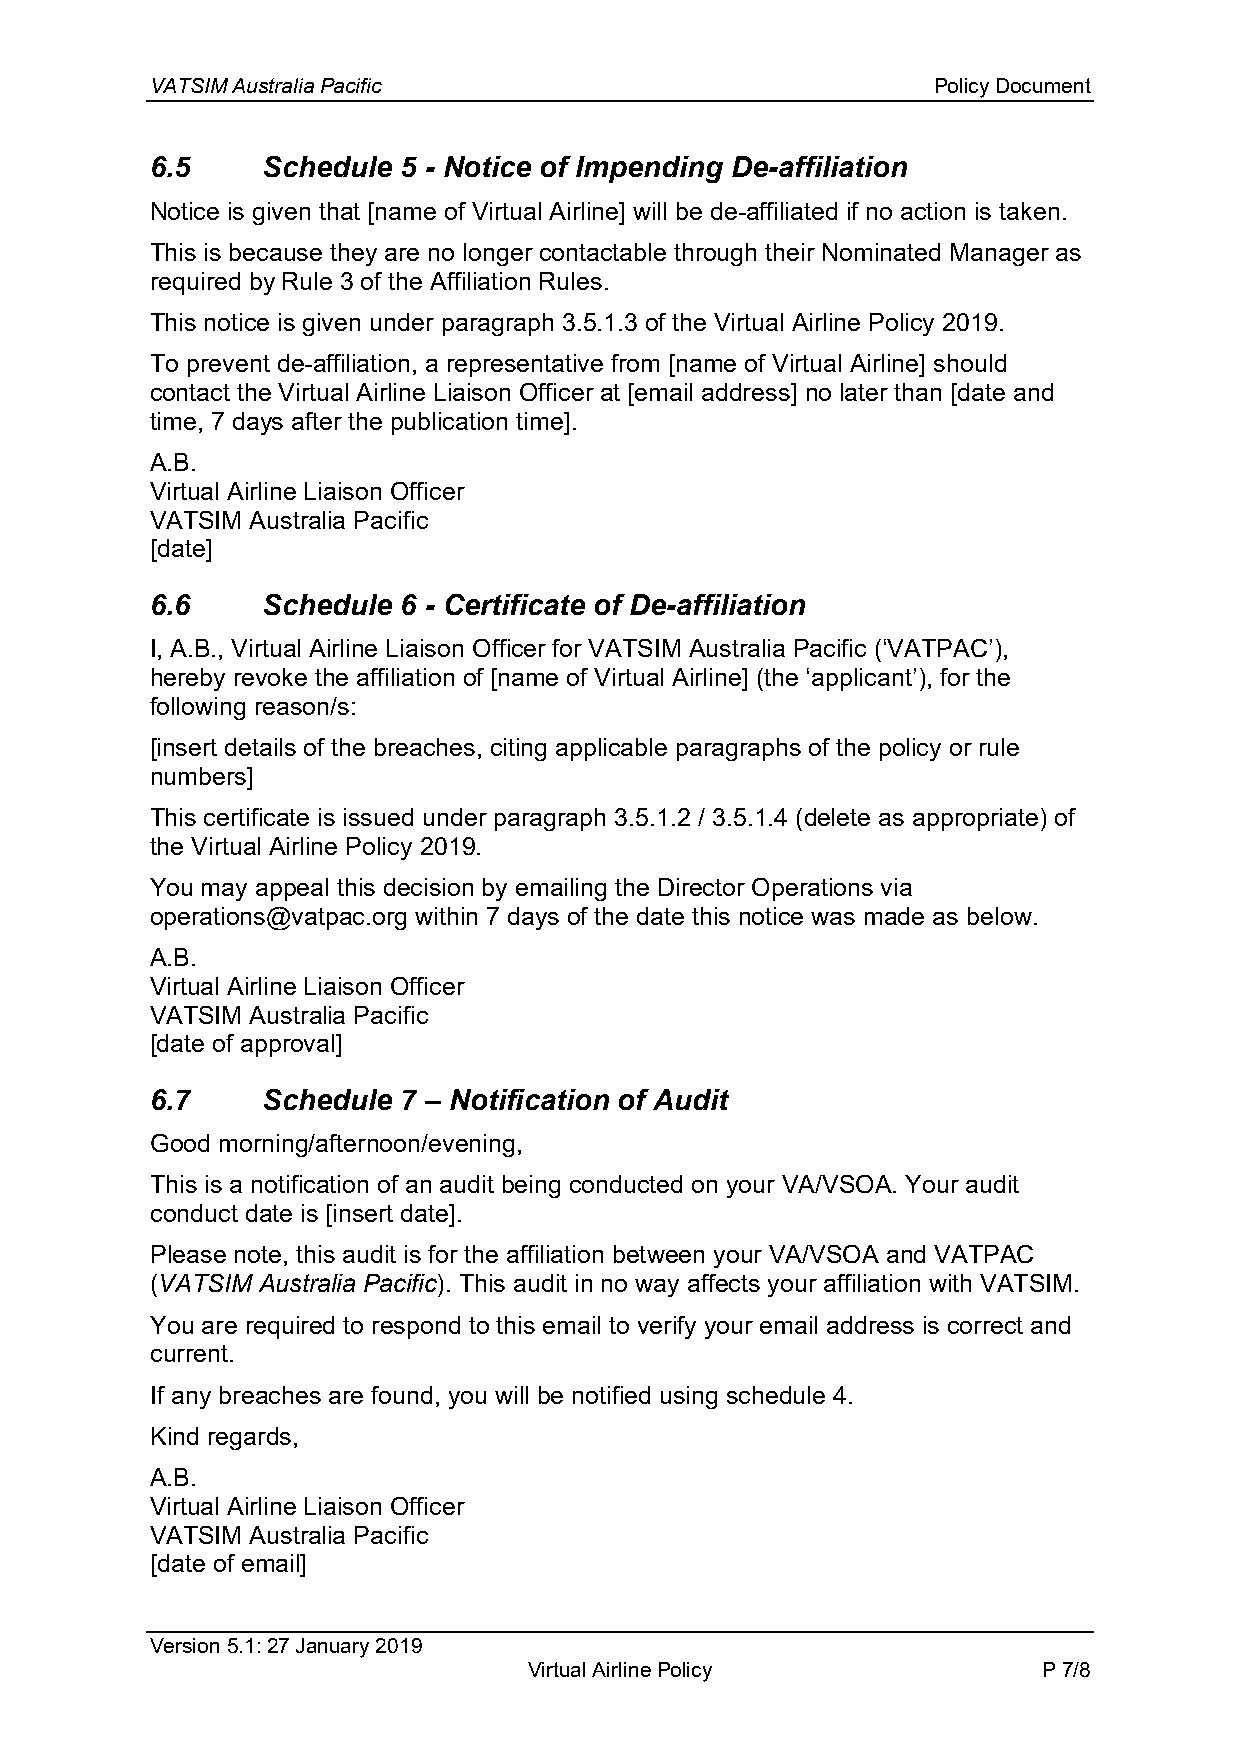
VATSIM Australia Pacific                            Policy Document
 6.5    Schedule 5 - Notice of Impending De-affiliation
 Notice is given that [name of Virtual Airline] will be de-affiliated if no action is taken.
 This is because they are no longer contactable through their Nominated Manager as
 required by Rule 3 of the Affiliation Rules.
 This notice is given under paragraph 3.5.1.3 of the Virtual Airline Policy 2019.
 To prevent de-affiliation, a representative from [name of Virtual Airline] should
 contact the Virtual Airline Liaison Officer at [email address] no later than [date and
 time, 7 days after the publication time].
 A.B.
 Virtual Airline Liaison Officer
 VATSIM Australia Pacific
 [date]
 6.6    Schedule 6 - Certificate of De-affiliation
 I, A.B., Virtual Airline Liaison Officer for VATSIM Australia Pacific (‘VATPAC’),
 hereby revoke the affiliation of [name of Virtual Airline] (the ‘applicant’), for the
 following reason/s:
 [insert details of the breaches, citing applicable paragraphs of the policy or rule
 numbers]
 This certificate is issued under paragraph 3.5.1.2 / 3.5.1.4 (delete as appropriate) of
 the Virtual Airline Policy 2019.
 You may appeal this decision by emailing the Director Operations via
 operations@vatpac.org within 7 days of the date this notice was made as below.
 A.B.
 Virtual Airline Liaison Officer
 VATSIM Australia Pacific
 [date of approval]
 6.7    Schedule 7 – Notification of Audit
 Good morning/afternoon/evening,
 This is a notification of an audit being conducted on your VA/VSOA. Your audit
 conduct date is [insert date].
 Please note, this audit is for the affiliation between your VA/VSOA and VATPAC
 (VATSIM Australia Pacific). This audit in no way affects your affiliation with VATSIM.
 You are required to respond to this email to verify your email address is correct and
 current.
 If any breaches are found, you will be notified using schedule 4.
 Kind regards,
 A.B.
 Virtual Airline Liaison Officer
 VATSIM Australia Pacific
 [date of email]
 Version 5.1: 27 January 2019
 Virtual Airline Policy            P 7/8